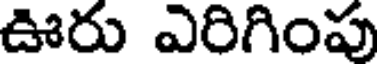
ఊరు ఎరిగింపు